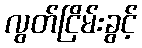
လွတ်ငြိမ်းခွင့်